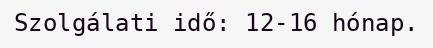
Szolgálati idő: 12-16 hónap.